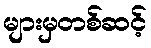
များမှတစ်ဆင့်